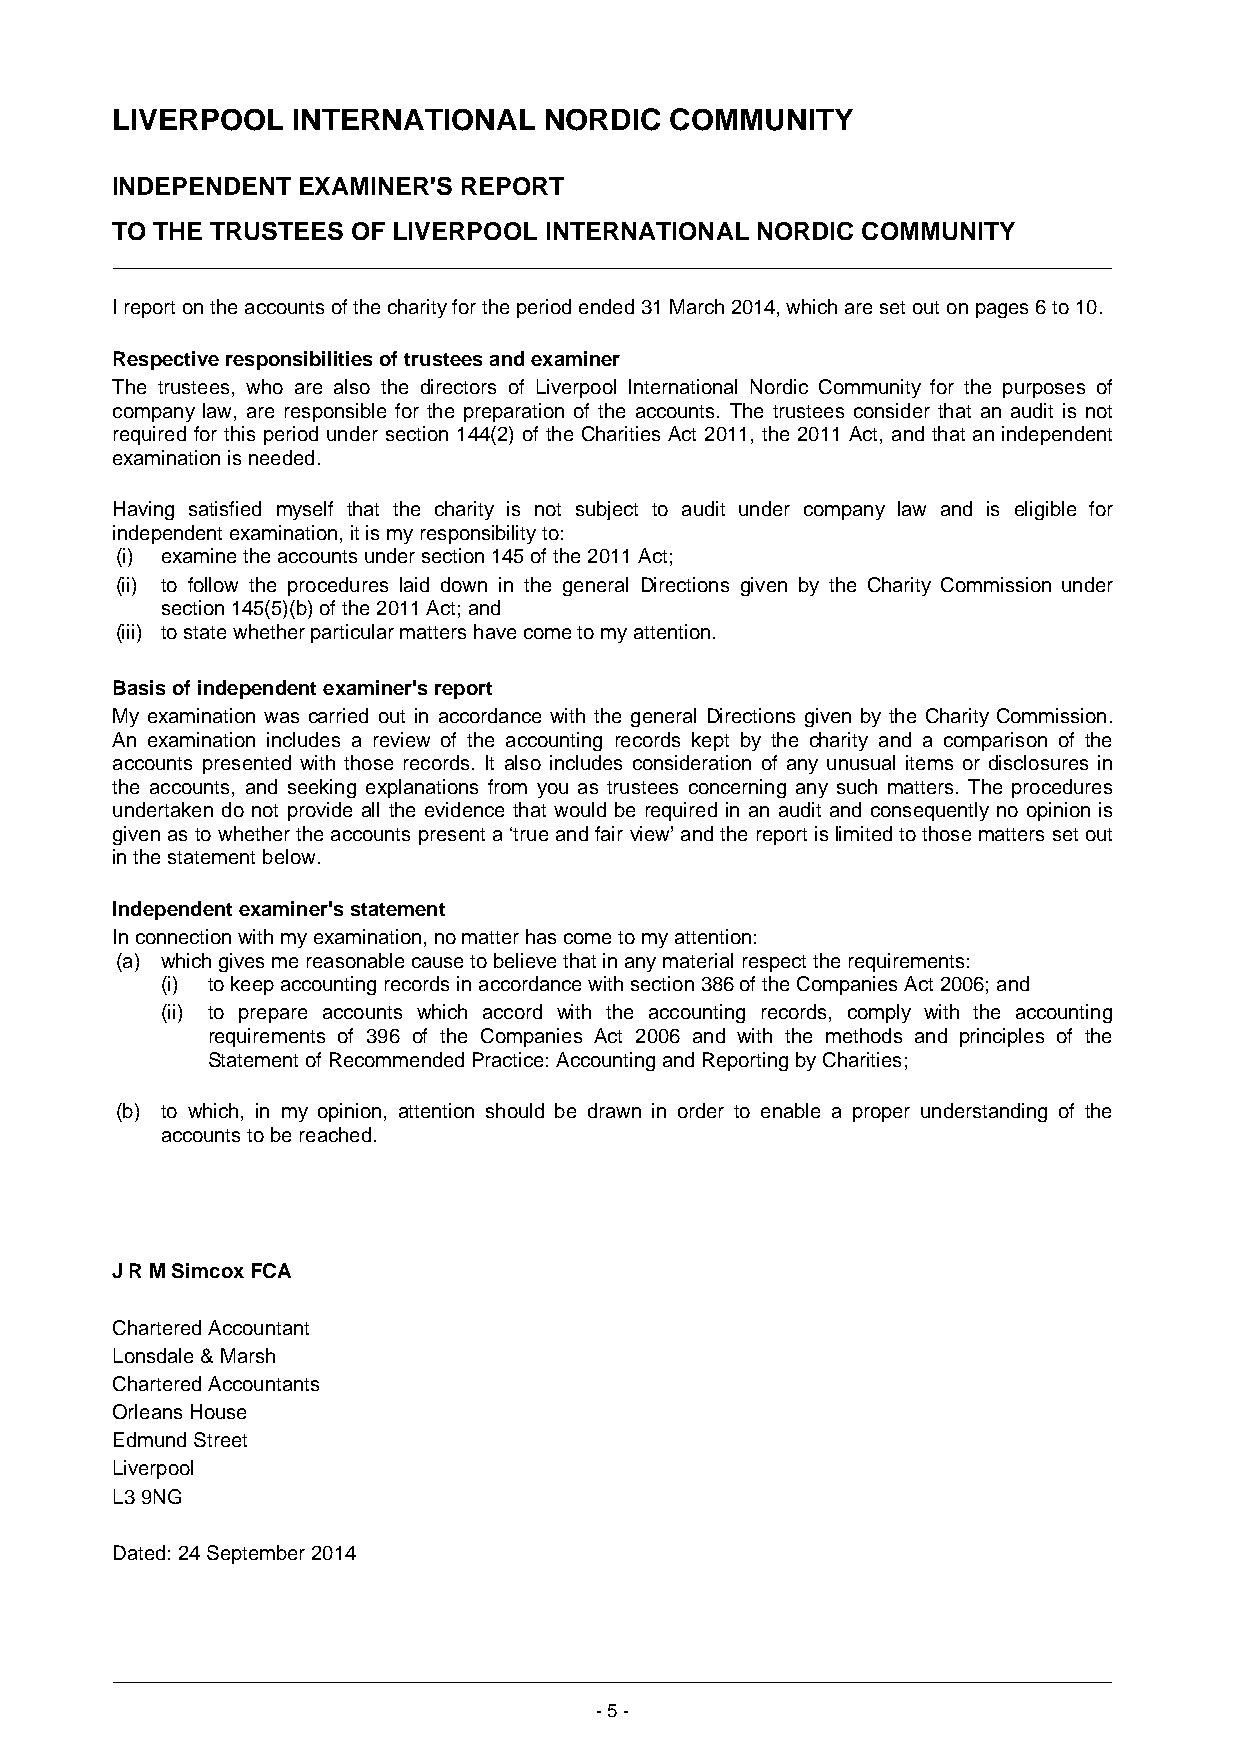
LIVERPOOL   INTERNATIONAL    NORDIC  COMMUNITY
 INDEPENDENT  EXAMINER'S REPORT
 TO THE TRUSTEES OF LIVERPOOL INTERNATIONAL NORDIC COMMUNITY
 I report on the accounts of the charity for the period ended 31 March 2014, which are set out on pages 6 to 10.
 Respective responsibilities of trustees and examiner
 The trustees, who are also the directors of Liverpool International Nordic Community for the purposes of
 company law, are responsible for the preparation of the accounts. The trustees consider that an audit is not
 required for this period under section 144(2) of the Charities Act 2011, the 2011 Act, and that an independent
 examination is needed.
 Having satisfied myself that the charity is not subject to audit under company law and is eligible for
 independent examination, it is my responsibility to:
 (i) examine the accounts under section 145 of the 2011 Act;
 (ii) to follow the procedures laid down in the general Directions given by the Charity Commission under
 section 145(5)(b) of the 2011 Act; and
 (iii) to state whether particular matters have come to my attention.
 Basis of independent examiner's report
 My examination was carried out in accordance with the general Directions given by the Charity Commission.
 An examination includes a review of the accounting records kept by the charity and a comparison of the
 accounts presented with those records. It also includes consideration of any unusual items or disclosures in
 the accounts, and seeking explanations from you as trustees concerning any such matters. The procedures
 undertaken do not provide all the evidence that would be required in an audit and consequently no opinion is
 given as to whether the accounts present a ‘true and fair view’ and the report is limited to those matters set out
 in the statement below.
 Independent examiner's statement
 In connection with my examination, no matter has come to my attention:
 (a) which gives me reasonable cause to believe that in any material respect the requirements:
 (i) to keep accounting records in accordance with section 386 of the Companies Act 2006; and
 (ii) to prepare accounts which accord with the accounting records, comply with the accounting
 requirements of 396 of the Companies Act 2006 and with the methods and principles of the
 Statement of Recommended Practice: Accounting and Reporting by Charities;
 (b) to which, in my opinion, attention should be drawn in order to enable a proper understanding of the
 accounts to be reached.
 J R M Simcox FCA
 Chartered Accountant
 Lonsdale & Marsh
 Chartered Accountants
 Orleans House
 Edmund Street
 Liverpool
 L3 9NG
 Dated: 24 September 2014
 - 5 -